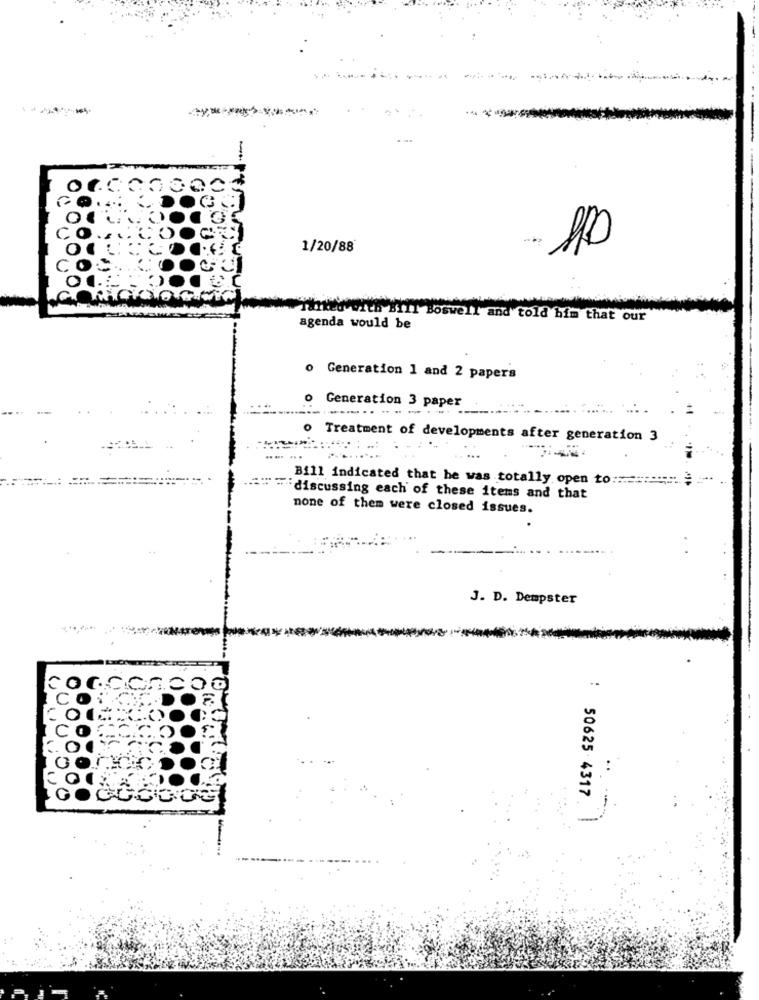
....
-
1/20/88
Boswell and told him that our
agenda would be
o Generation 1 and 2 papers
o Generation 3 paper
----------...
o Treatment of developments after generation 3
Bill indicated that he was totally open to :==
discussing each of these items and that
none of them were closed issues.
J. D. Dempster
50625 4317